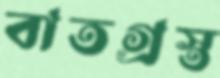
বাতগ্রস্ত